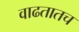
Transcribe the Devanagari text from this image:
वाढतातच